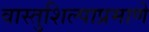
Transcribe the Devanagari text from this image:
वास्तुशिल्पाप्रमाणे